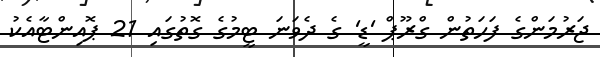
ޖަރުމަންގެ ފަހަތުން ގްރޫޕް 'ޑީ' ގެ ދެވަނަ ޓީމުގެ ގޮތުގައި 21 ޕޮއިންޓާއެކު